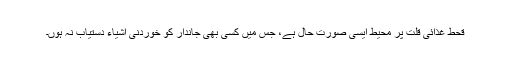
قحط غذائی قلت پر محیط ایسی صورت حال ہے، جس میں کسی بھی جاندار کو خوردنی اشیاء دستیاب نہ ہوں۔